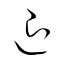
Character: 退